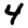
Digit: 4